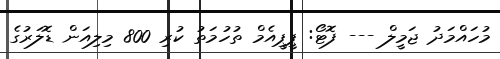
މުހައްމަދު ޖަމީލް --- ފޮޓޯ: ޕީޕީއެމް ތުހުމަތު ކުރި 800 މިލިއަން ޑޮލަރުގެ